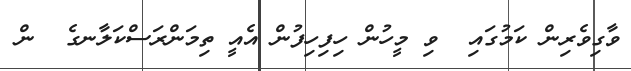
ވާގިވެރިން ކަމުގައި  ވި މީހުން ހިފިހިފުން އެއީ ތިމަންރަސްކަލާނގެ  ން